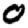
Digit: 0